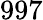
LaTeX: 997